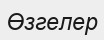
Өзгелер